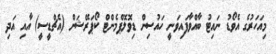
މިއަހަރުގެ އެވޯޑު ނައިޓު ބާއްވާފައިވަނީ ހައުސިން ޑިވޮލޮޕްމެންޓް ކޯޕަރޭޝަން (އެޗްޑީސީ) އާއި އަދި